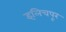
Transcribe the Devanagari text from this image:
इलिचपूर